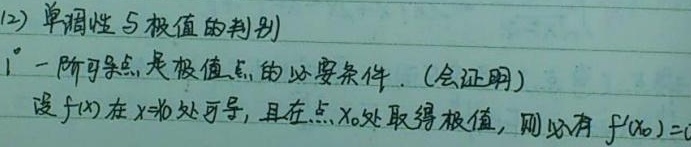
(12) 单调性与极值的判别
1° 一阶可导点是极值点的必要条件.（会证明）
设\(f(x)\)在\(x = x_0\)处可导，且在点\(x_0\)处取得极值，则必有\(f^{\prime}(x_0)=0\)